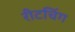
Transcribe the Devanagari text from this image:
रीटचिंग